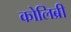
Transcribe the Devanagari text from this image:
कोलिब्री